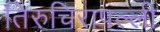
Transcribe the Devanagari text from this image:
तिरुचिरापल्‍ली